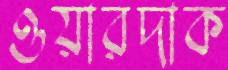
ওয়ারদাক